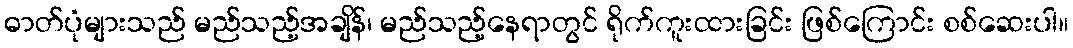
ဓာတ်ပုံများသည် မည်သည့်အချိန်၊ မည်သည့်နေရာတွင် ရိုက်ကူးထားခြင်း ဖြစ်ကြောင်း စစ်ဆေးပါ။